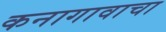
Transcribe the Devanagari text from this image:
कनागावाचा